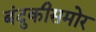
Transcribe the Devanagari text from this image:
बंदुकीसमोर